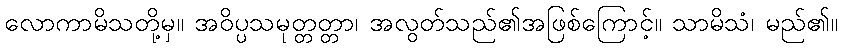
လောကာမိသတို့မှ။ အဝိပ္ပသမုတ္တတ္တာ၊ အလွတ်သည်၏အဖြစ်ကြောင့်။ သာမိသံ၊ မည်၏။